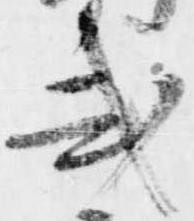
式